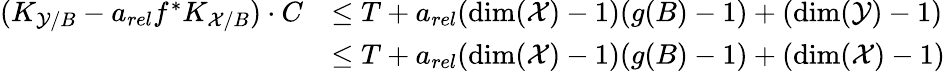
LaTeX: \begin{array}{rl}{(K_{\mathcal{Y}/B}-a_{rel}f^{*}K_{\mathcal{X}/B})\cdot C}&{\leq T+a_{rel}(\dim(\mathcal{X})-1)(g(B)-1)+(\dim(\mathcal{Y})-1)}\\ &{\leq T+a_{rel}(\dim(\mathcal{X})-1)(g(B)-1)+(\dim(\mathcal{X})-1)}\end{array}